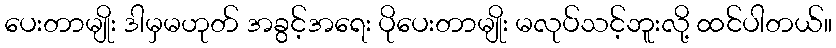
ပေးတာမျိုး ဒါမှမဟုတ် အခွင့်အရေး ပိုပေးတာမျိုး မလုပ်သင့်ဘူးလို့ ထင်ပါတယ်။